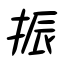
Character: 振